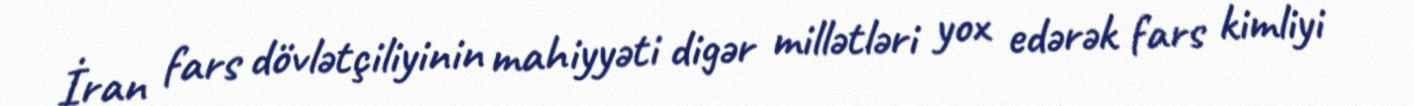
İran fars dövlətçiliyinin mahiyyəti digər millətləri yox edərək fars kimliyi